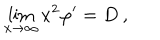
\lim _ { x \rightarrow \infty } x ^ { 2 } \varphi ^ { \prime } = D \ ,